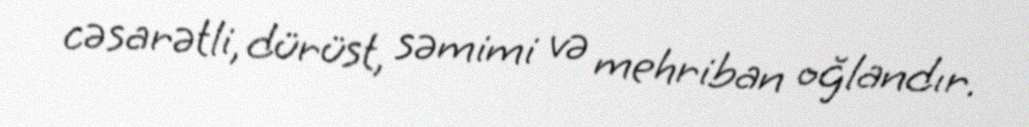
cəsarətli, dürüst, səmimi və mehriban oğlandır.